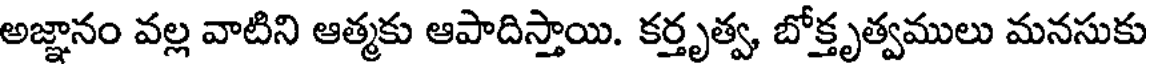
అజ్ఞానం వల్ల వాటిని ఆత్మకు ఆపాదిస్తాయి. కర్తృత్వ, బోక్తృత్వములు మనసుకు